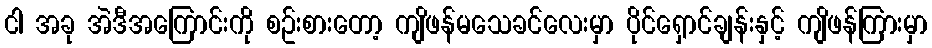
ငါ အခု အဲဒီအကြောင်းကို စဥ်းစားတော့ ကျိဖန်မသေခင်လေးမှာ ပိုင်ရှောင်ချန်းနှင့် ကျိဖန်ကြားမှာ